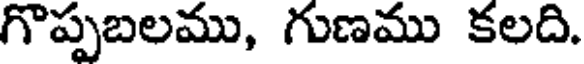
గొప్పబలము, గుణము కలది.